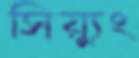
সিয়্যুং